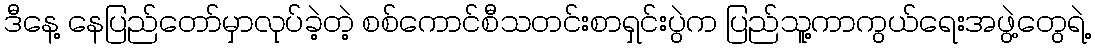
ဒီနေ့ နေပြည်တော်မှာလုပ်ခဲ့တဲ့ စစ်ကောင်စီသတင်းစာရှင်းပွဲက ပြည်သူ့ကာကွယ်ရေးအဖွဲ့တွေရဲ့